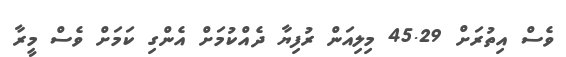
ވެސް އިތުރަށް 45.29 މިލިއަން ރުފިޔާ ދެއްކުމަށް އެންގި ކަމަށް ވެސް މީރާ